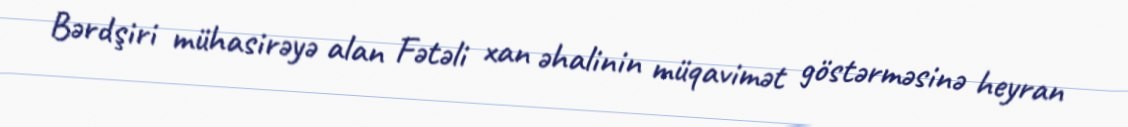
Bərdşiri mühasirəyə alan Fətəli xan əhalinin müqavimət göstərməsinə heyran